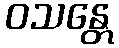
ဝသန္တေ